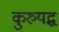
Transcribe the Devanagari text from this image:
कुरुयद्ध